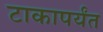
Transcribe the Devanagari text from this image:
टाकापर्यंत